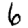
Digit: 6